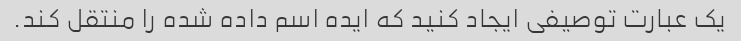
یک عبارت توصیفی ایجاد کنید که ایده اسم داده شده را منتقل کند.